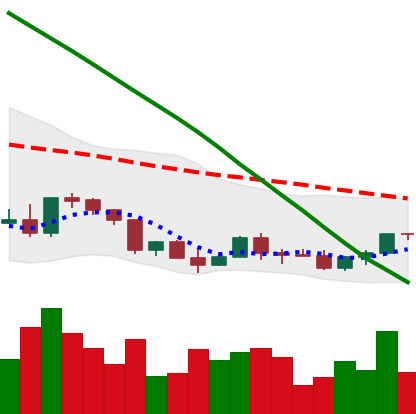
Ticker: EOS-USD
Chart end date: 2022-03-17
Forward return: 22.422%
Label: up_7plus